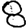
Digit: 8